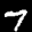
Label: 7